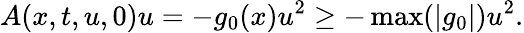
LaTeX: A(x,t,u,0)u=-g_{0}(x)u^{2}\geq-\operatorname*{max}(|g_{0}|)u^{2}.